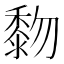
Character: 𪏵